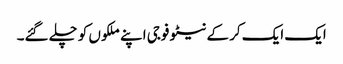
ایک ایک کر کے نیٹو فوجی اپنے ملکوں کو چلے گئے۔